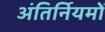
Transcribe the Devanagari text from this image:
अंतिर्नियमों